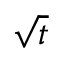
\sqrt { t }